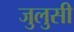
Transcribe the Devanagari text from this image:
जुलुसी